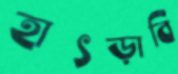
হাৎড়াবি